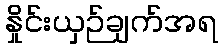
နှိုင်းယှဉ်ချက်အရ